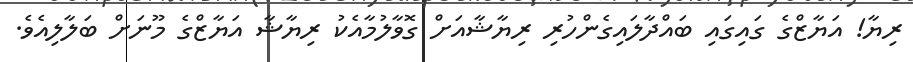
ރިޔާ! އަޔާޒްގެ ގައިގައި ބައްދާލައިގެންހުރި ރިޔާޝާއަށް ގޮވާލުމާއެކު ރިޔާޝާ އަޔާޒްގެ މޫނަށް ބަލާލިއެވެ.